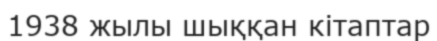
1938 жылы шыққан кітаптар